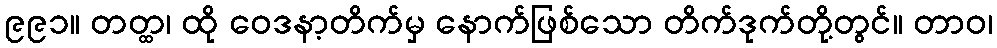
၉၉၁။ တတ္ထ၊ ထို ဝေဒနာ့တိက်မှ နောက်ဖြစ်သော တိက်ဒုက်တို့တွင်။ တာဝ၊